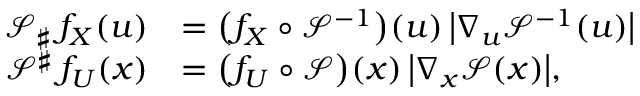
\begin{array} { r l } { \mathcal { S } _ { \sharp } \, f _ { \boldsymbol X } ( { \boldsymbol u } ) } & { = \big ( f _ { \boldsymbol X } \circ \mathcal { S } ^ { - 1 } \big ) ( { \boldsymbol u } ) \, \big | \nabla _ { { \boldsymbol u } } \mathcal { S } ^ { - 1 } ( { \boldsymbol u } ) \big | } \\ { \mathcal { S } ^ { \sharp } \, f _ { \boldsymbol U } ( { \boldsymbol x } ) } & { = \big ( f _ { \boldsymbol U } \circ \mathcal { S } \big ) ( { \boldsymbol x } ) \, \big | \nabla _ { { \boldsymbol x } } \mathcal { S } ( { \boldsymbol x } ) \big | , } \end{array}